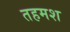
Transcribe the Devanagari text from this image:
तहमश